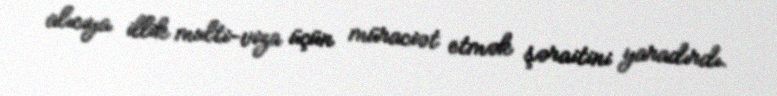
alıcıya illik multi-viza üçün müraciət etmək şəraitini yaradırdı.